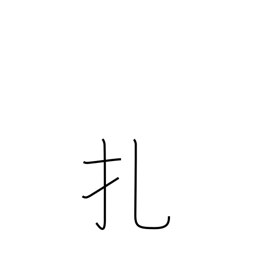
Meaning: prick